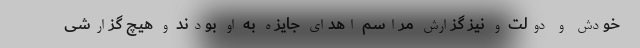
خودش و دولت و نیز گزارش مراسم اهدای جایزه به او بودند و هیچ گزارشی